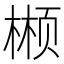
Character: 𬃲